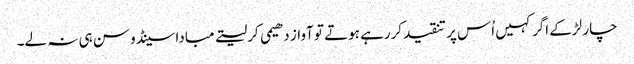
چار لڑکے اگر کہیں اُس پر تنقیدکررہے ہوتے تو آواز دھیمی کرلیتے مبادا سینڈو سن ہی نہ لے۔